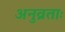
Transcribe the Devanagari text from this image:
अनुव्रताः